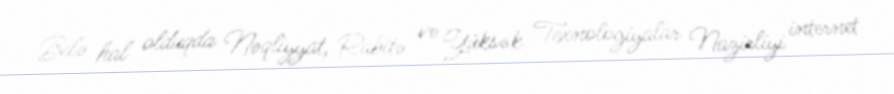
Belə hal olduqda Nəqliyyat, Rabitə və Yüksək Texnologiyalar Nazirliyi internet